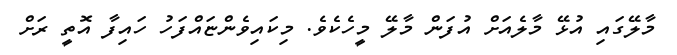
މާލޭގައި އުޅޭ މާލެއަށް އުފަން މާލޭ މީހެކެވެ. މިކައިވެންޏައްފަހު ހައިފާ އޮތީ ރަށް